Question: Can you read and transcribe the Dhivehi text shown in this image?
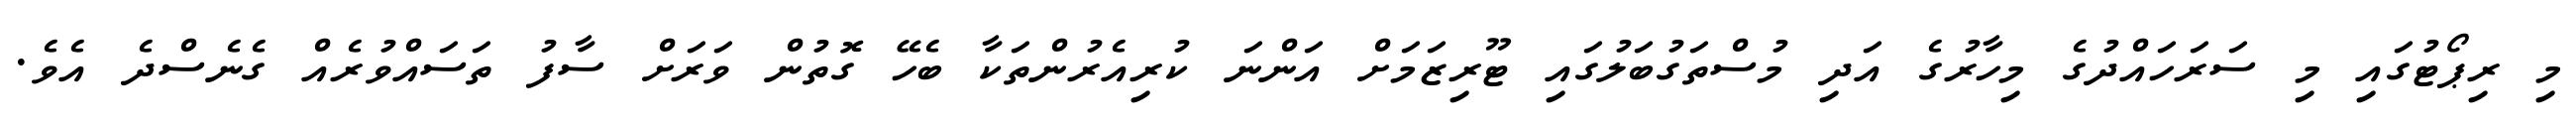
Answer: މި ރިޕޯޓުގައި މި ސަރަހައްދުގެ މިހާރުގެ އަދި މުސްތަގުބަލުގައި ޓޫރިޒަމަށް އަންނަ ކުރިއެރުންތަކާ ބެހޭ ގޮތުން ވަރަށް ސާފު ތަސައްވުރެއް ގެނެސްދެ އެވެ.